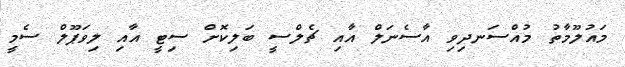
މައުލޫމާތު މުއްސަނދިވި އާސެނަލް އާއި ޗެލްސީ ބަލިކޮށް ސިޓީ އާއި ލިވަޕޫލް ސެމީ